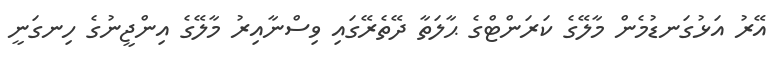
އޭރު އަޅުގަނޑުމެން މާލޭގެ ކަރަންޓްގެ ޙާލަތާ ދޭތެރޭގައި ވިސްނާއިރު މާލޭގެ އިންޖީނުގެ ހިނގަނީ